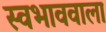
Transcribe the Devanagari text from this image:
स्वभाववाला